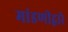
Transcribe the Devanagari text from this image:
मांडणीद्वारे